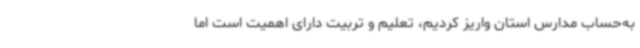
به‌حساب مدارس استان واریز کردیم، تعلیم و تربیت دارای اهمیت است اما